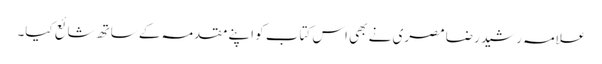
علامہ رشید رضا مصری نے بھی اس کتاب کو اپنے مقدمہ کے ساتھ شائع کیا۔